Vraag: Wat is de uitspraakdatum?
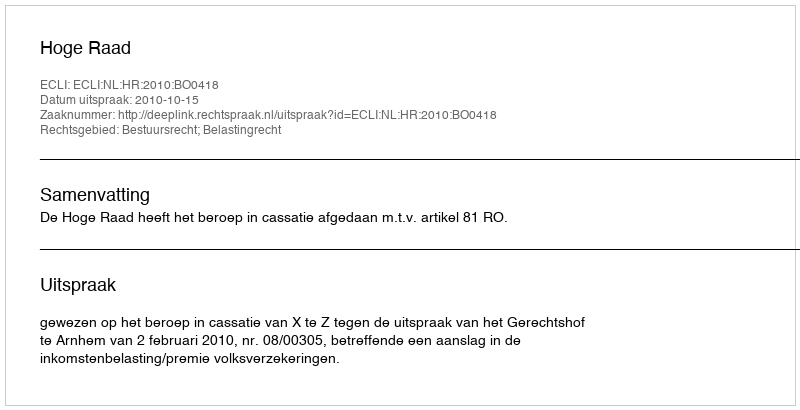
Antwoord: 2010-10-15